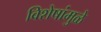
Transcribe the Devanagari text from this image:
विशेषांमुळे